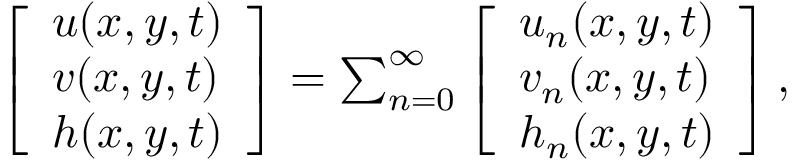
\begin{array} { r } { \left[ \begin{array} { l } { u ( x , y , t ) } \\ { v ( x , y , t ) } \\ { h ( x , y , t ) } \end{array} \right] = \sum _ { n = 0 } ^ { \infty } \left[ \begin{array} { l } { u _ { n } ( x , y , t ) } \\ { v _ { n } ( x , y , t ) } \\ { h _ { n } ( x , y , t ) } \end{array} \right] , } \end{array}